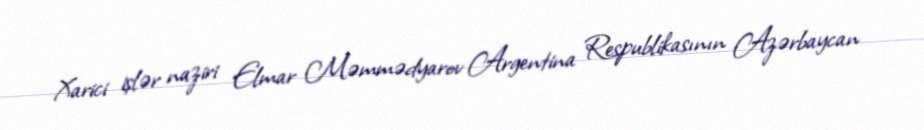
Xarici işlər naziri Elmar Məmmədyarov Argentina Respublikasının Azərbaycan